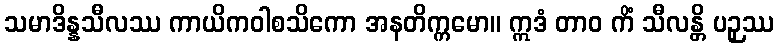
သမာဒိန္နသီလဿ ကာယိကဝါစသိကော အနတိက္ကမော။ ဣဒံ တာဝ ကိံ သီလန္တိ ပဉှဿ